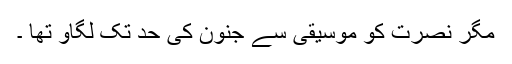
مگر نصرت کو موسیقی سے جنون کی حد تک لگاو تھا ۔